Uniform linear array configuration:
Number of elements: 48
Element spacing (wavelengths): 0.5
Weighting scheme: hann
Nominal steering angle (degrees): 45
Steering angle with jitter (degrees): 45.891
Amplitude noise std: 0.05
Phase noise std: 0.05

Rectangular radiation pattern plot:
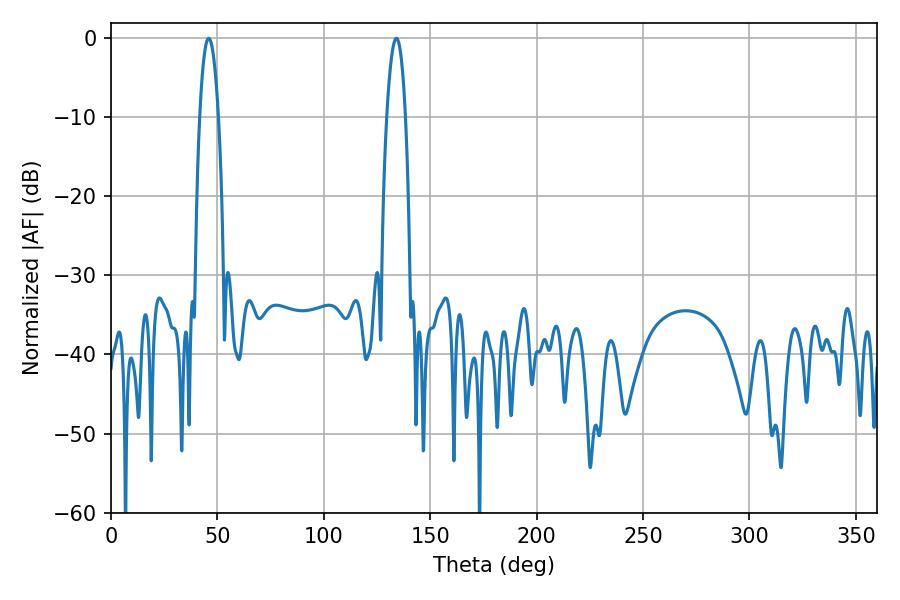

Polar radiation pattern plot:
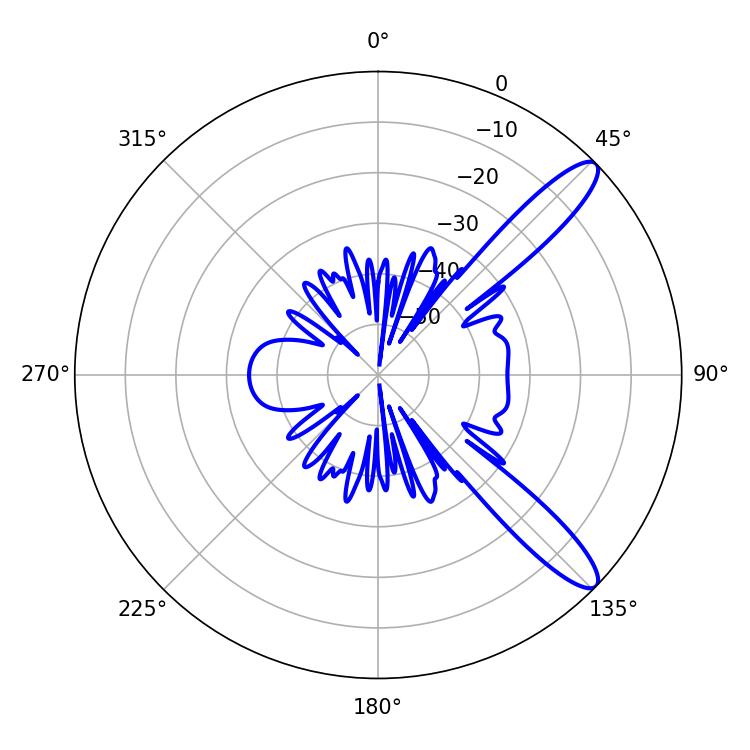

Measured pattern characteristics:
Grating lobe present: FALSE
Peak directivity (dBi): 11.799
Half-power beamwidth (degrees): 4.86
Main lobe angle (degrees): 45.9